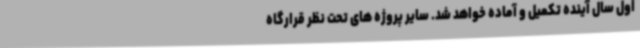
اول سال آینده تکمیل و آماده خواهد شد. سایر پروژه های تحت نظر قرارگاه